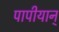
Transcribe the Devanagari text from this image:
पापीयान्‌